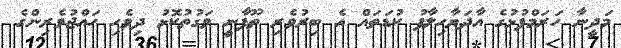
މަދީނާ ހަރަމްފުޅުގެ އާދަޔާހިލާފު ކުޑަތައް އެ ބިރުވެރި ތޫފާނީ ވަގުތުކޮޅު ދިވެހި ހައްޖުވެރިންގެ